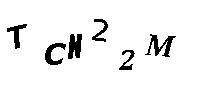
TCN22M